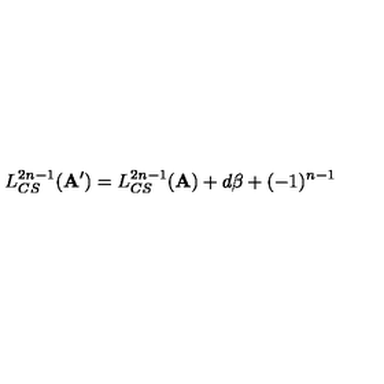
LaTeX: L _ { C S } ^ { 2 n - 1 } ( { \bf A } ^ { \prime } ) = L _ { C S } ^ { 2 n - 1 } ( { \bf A } ) + d \beta + ( - 1 ) ^ { n - 1 }